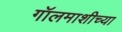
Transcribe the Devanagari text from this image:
गॉलमाशीच्या